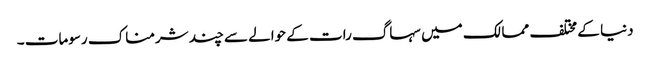
دنیا کے مختلف ممالک میں سہاگ رات کے حوالے سے چند شرمناک رسومات ۔